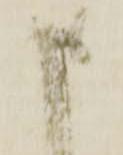
申